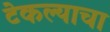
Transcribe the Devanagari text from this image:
टेकल्याचा